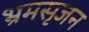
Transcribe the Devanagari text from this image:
भ्रमसृजन